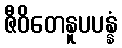
ဇီဝိတေနူပပန္နံ